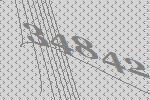
34842